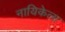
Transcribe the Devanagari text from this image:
नायिकेला